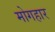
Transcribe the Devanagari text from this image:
मोगहार